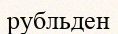
рубльден